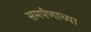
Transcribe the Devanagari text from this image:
समर्पणाच्या